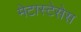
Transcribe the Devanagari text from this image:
मेटास्टेसेस